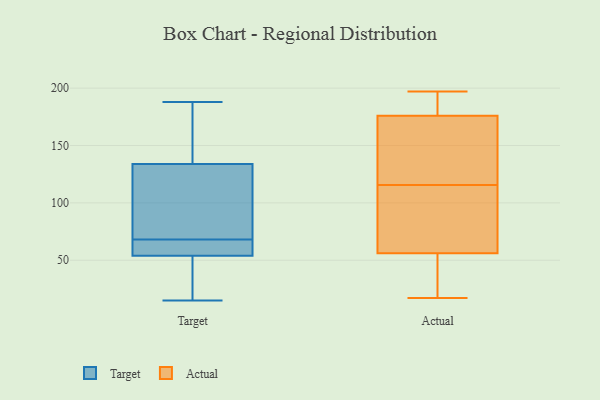
{"axis": {"x": "Demand Index", "y": "Value"}, "legend": ["Actual", "Target"], "data": [{"x": "", "y": 53, "type": "Target"}, {"x": "", "y": 52, "type": "Target"}, {"x": "", "y": 171, "type": "Target"}, {"x": "", "y": 70, "type": "Target"}, {"x": "", "y": 86, "type": "Target"}, {"x": "", "y": 118, "type": "Target"}, {"x": "", "y": 55, "type": "Target"}, {"x": "", "y": 134, "type": "Target"}, {"x": "", "y": 134, "type": "Target"}, {"x": "", "y": 15, "type": "Target"}, {"x": "", "y": 116, "type": "Target"}, {"x": "", "y": 58, "type": "Target"}, {"x": "", "y": 66, "type": "Target"}, {"x": "", "y": 171, "type": "Target"}, {"x": "", "y": 179, "type": "Target"}, {"x": "", "y": 25, "type": "Target"}, {"x": "", "y": 29, "type": "Target"}, {"x": "", "y": 66, "type": "Target"}, {"x": "", "y": 188, "type": "Target"}, {"x": "", "y": 66, "type": "Target"}, {"x": "", "y": 196, "type": "Actual"}, {"x": "", "y": 176, "type": "Actual"}, {"x": "", "y": 103, "type": "Actual"}, {"x": "", "y": 145, "type": "Actual"}, {"x": "", "y": 39, "type": "Actual"}, {"x": "", "y": 117, "type": "Actual"}, {"x": "", "y": 56, "type": "Actual"}, {"x": "", "y": 114, "type": "Actual"}, {"x": "", "y": 197, "type": "Actual"}, {"x": "", "y": 17, "type": "Actual"}]}